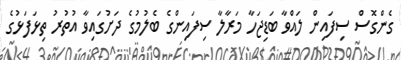
ގެންގޮސް ސިފައިން ލައްވާ ބަޑިޖަހާ މަރާލާ ސިފައިންގެ ބެލުމުގެ ދަށުގައިވާ އުތުރު ތިޅަފަޅުގެ